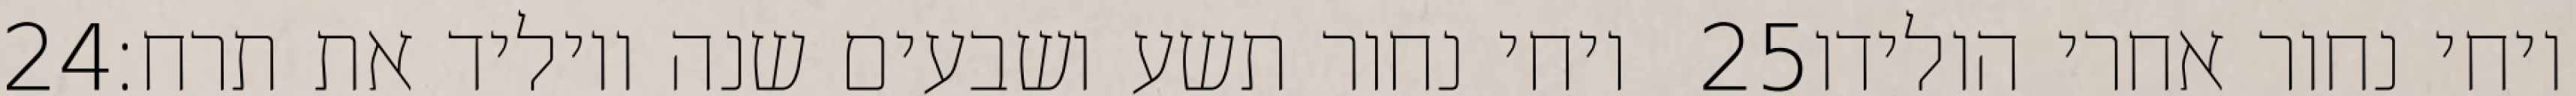
‎24‏ ויחי נחור תשע ושבעים שנה ויוליד את תרח׃ ‎25‏ ויחי נחור אחרי הולידו